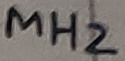
Text: MH2